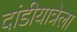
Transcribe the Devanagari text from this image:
दांडीयात्रेला